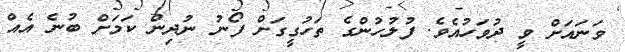
ވަނައަށް ވީ ދުވަހުއެވެ. ފުލުހުންގެ ތަހުގީގަށް ފޯނު ނުދިން ކަމަށް ބުނެ އެއް